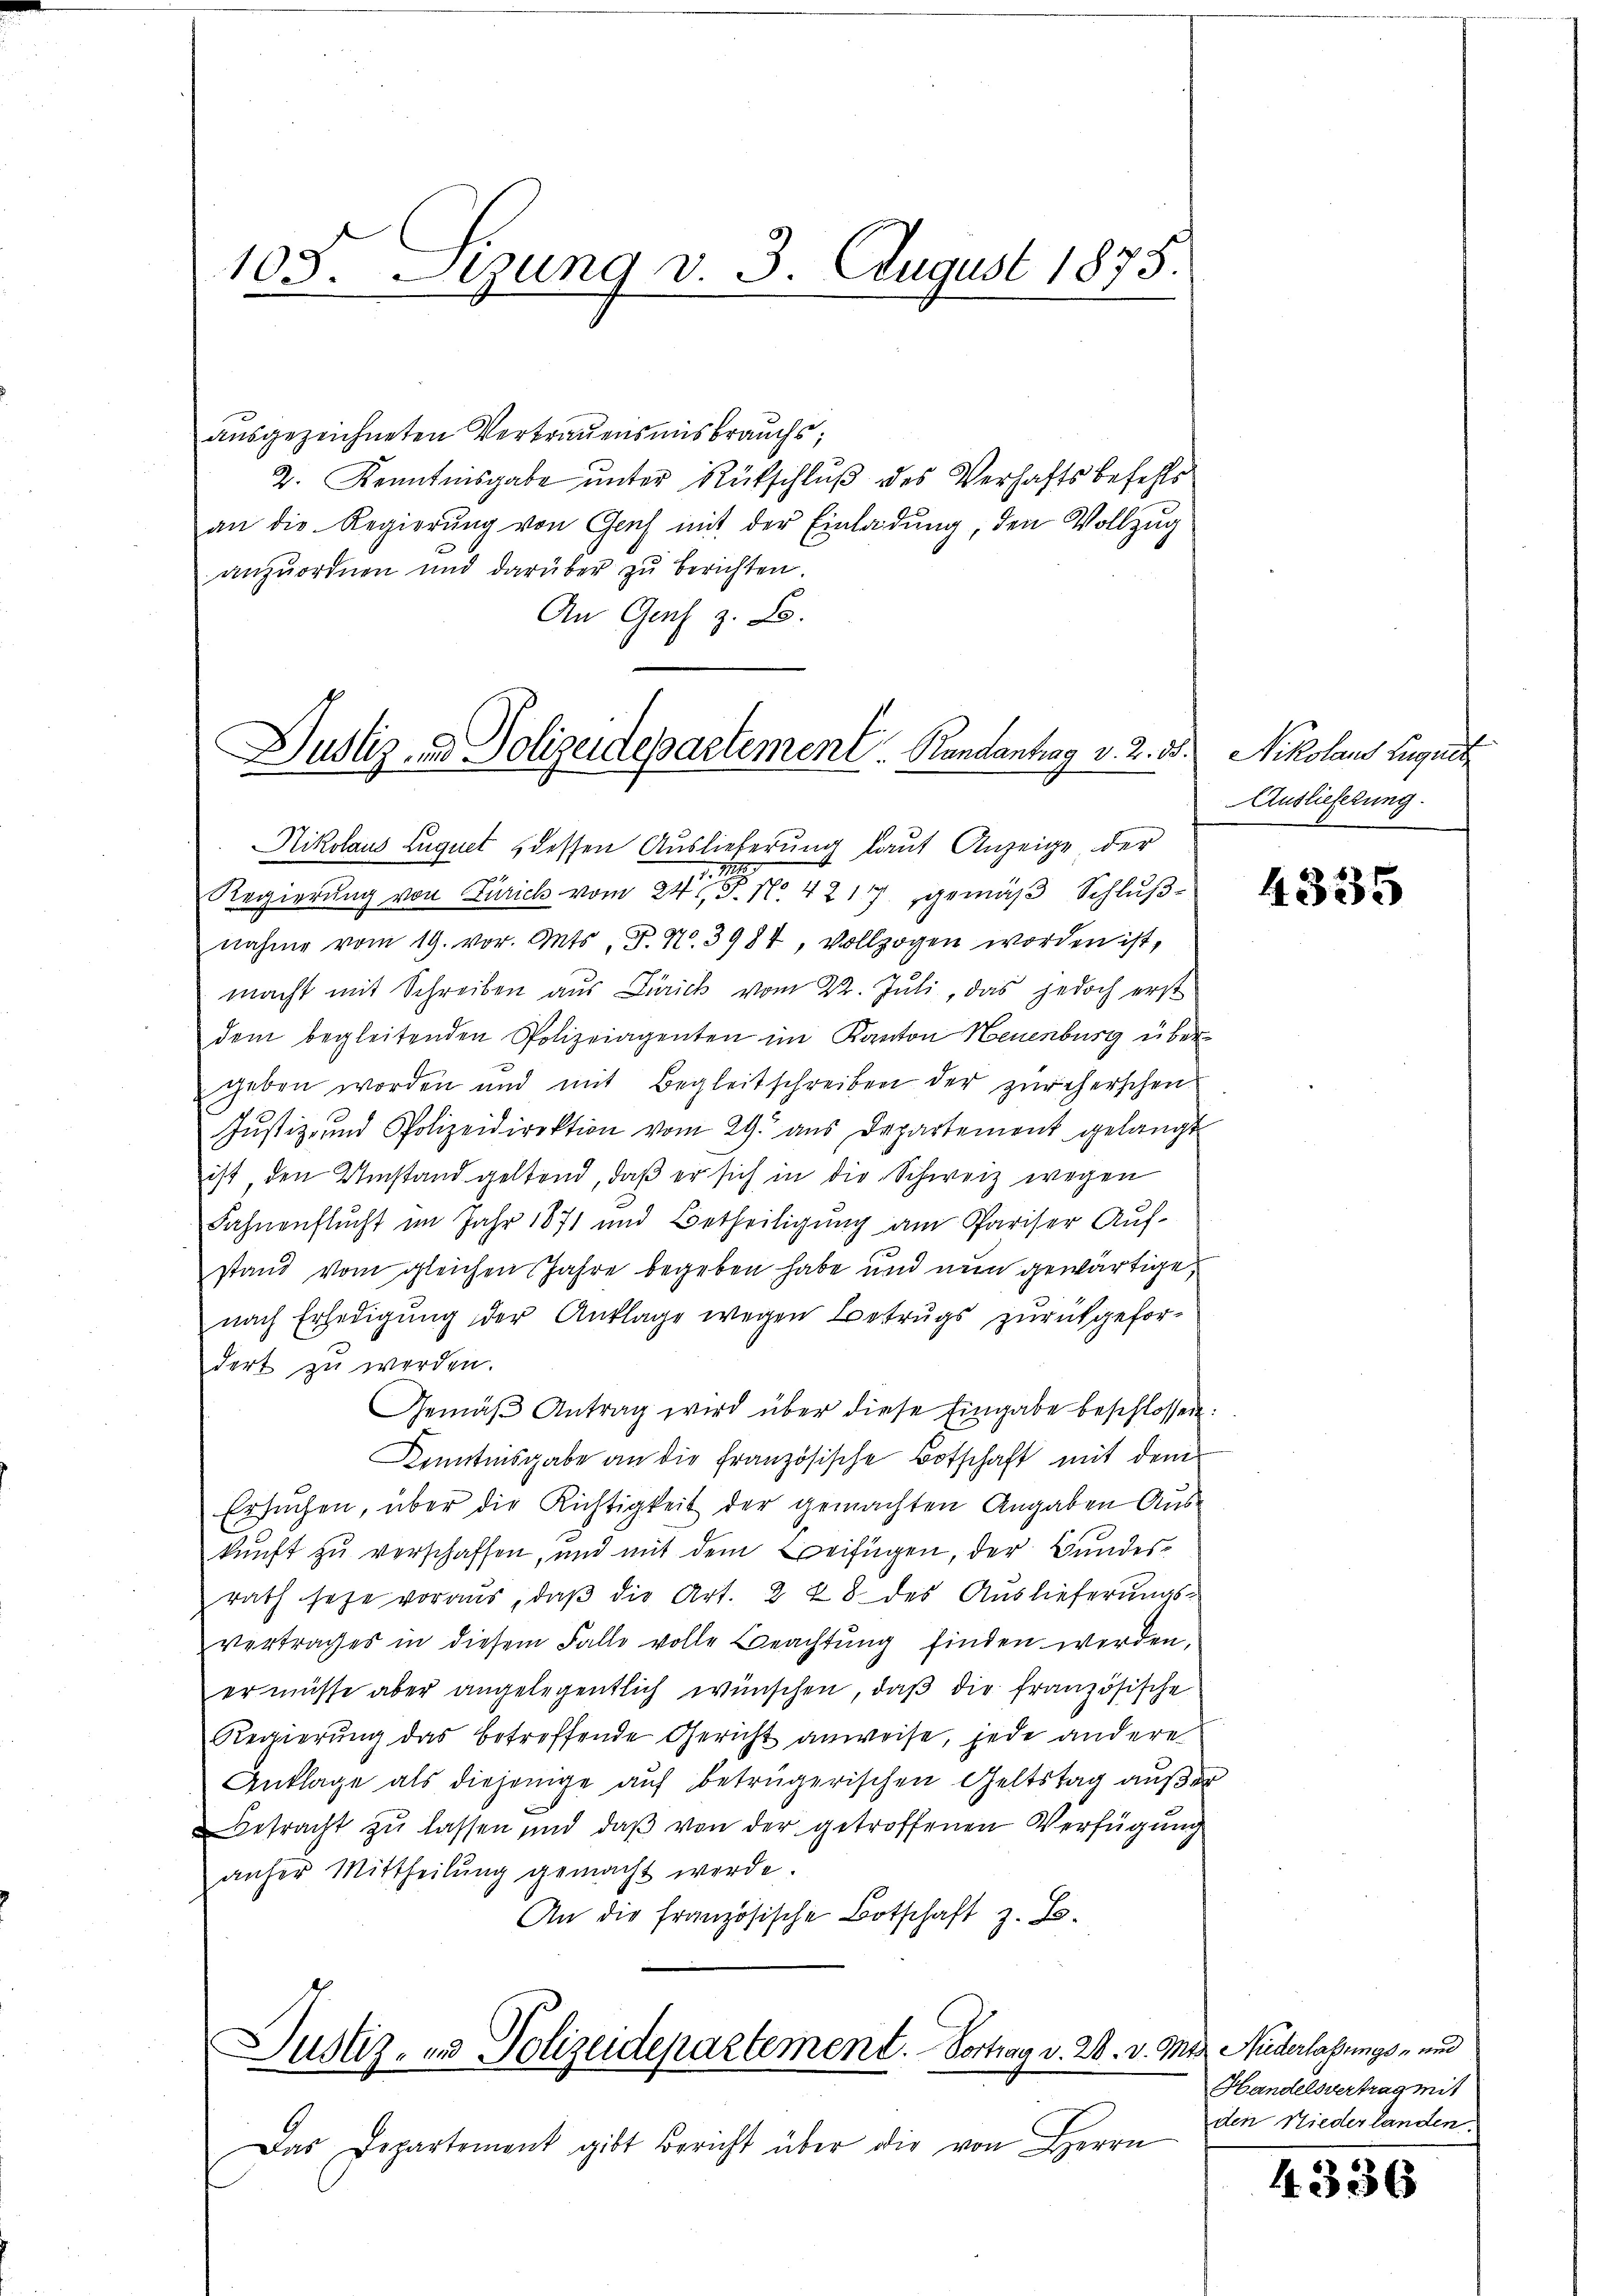
105. Setzung v. 3. August 1875.

ausgezeichneten Vertrauensmisbrauchs,
2. Kenntnisgabe unter Rütschluß des Verhaftsbefehls
an die Regierung von Gauch mit der Einladung, den Vollzug
anzuordnen und darüber zu berichten.
An Genf z. B.
Nikolaus Luquet dessen Auslieferung laut Anzeige der
Regierung von Zürich vom 24t J. No. 42177 gemäβ Schlŭβ-
nahme vom 19. vor. Guts, F. N. 3984, vollzogen worden ist,
macht mit Schreiben aus Zürich vom 22. Juli, das jedoch erst
dem begleitenden Polizeiagenten im Kanton Neuenburg übergeben worden und mit Begleitschreiben der zürcherschen-
Justiz- und Polizeidirektion vom 29. aus Departement gelangt
ist, den Umstand geltend, daß er sich in die Schweiz wegen
Fahnenflucht im Jahr 1871 und Betheiligung am Pariser Auf-
stand vom gleichen Jahre begeben habe und nun gewärtige
nach Erledigung der Anklage wegen Betrugs zurückgefor-
dert zu werden.
Gemäβ Antrag wird über diese Eingabe beschlossen:
Kenntnisgabe an die französische Botschaft mit dem
Ersuchen, über die Richtigkeit der gemachten Angaben Auskunft zu verschaffen, und mit dem Beifügen, der Bundesrath sehe voraus, daβ die Art. 2 & 8. des Auslieferŭngs-
vertrages in diesem Falle volle Beachtŭng finden werden.
er müsse aber angelegentlich wünschen, daß die französische
Regierŭng das betreffende Gericht anweise, jede andere
Anklage als diejenige auf betrügerischen Geltstag außer
Betracht zŭ lassen und daβ von der getroffenen Verfügung
anher Mittheilŭng gemacht werde.
An die französische Botschaft z. B.
Justiz- und Polizeidepartement. Vortrag v. 28. v. Mts. Niderlassungs- und
Das Departemont gibt Bericht über die von Herrn

Dustiz- und Polizeidesactement. Randantrag v. 2. 55. Nikolaus August

Auslieferung.

4335

Handelsvertrag mit
den Niederlanden.

4336